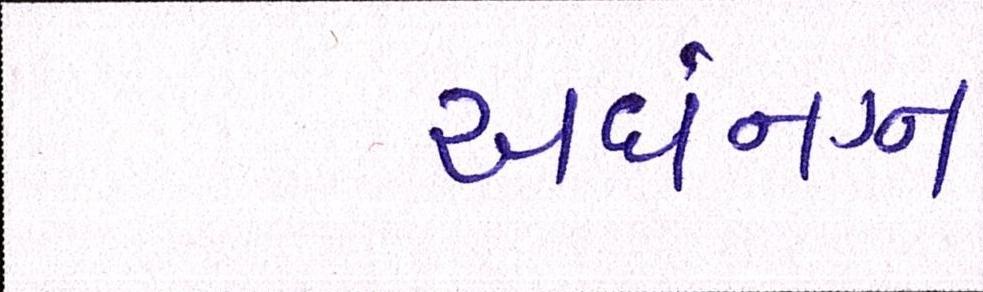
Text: અર્ધનગ્ન